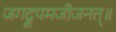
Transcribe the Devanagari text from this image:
जगद्रूपमजीजनत्॥